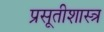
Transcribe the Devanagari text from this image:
प्रसूतीशास्त्र